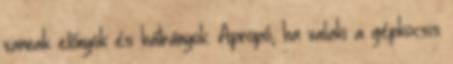
vannak előnyök és hátrányok. Apropó, ha valaki a gépkocsis